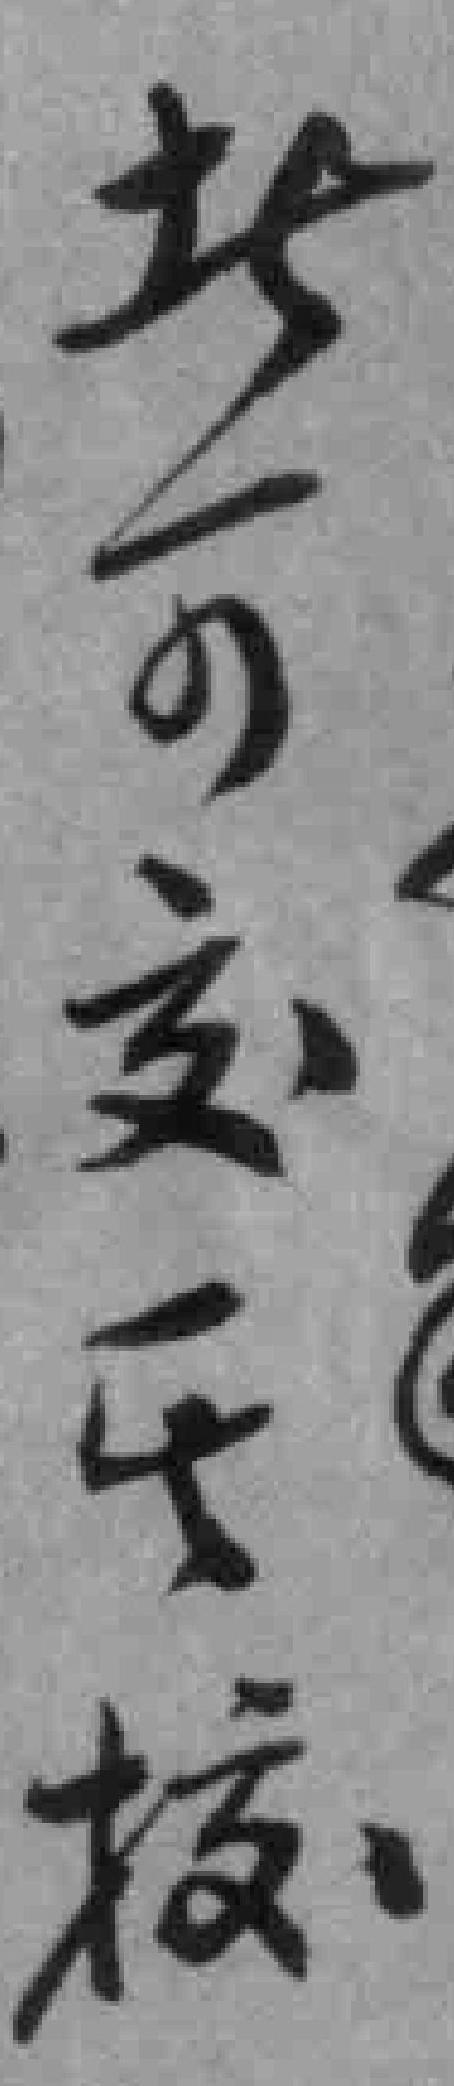
*可交*校